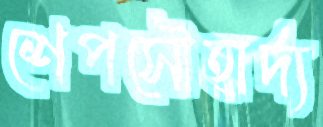
শেপসৌহার্দ্য